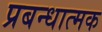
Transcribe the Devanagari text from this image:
प्रबन्धात्मक